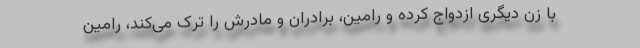
با زن دیگری ازدواج کرده و رامین، برادران و مادرش را ترک می‌کند، رامین